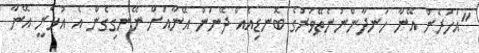
"އަހަރެން އޭނާ ހަނދާންނުނެތޭވަރުގެ ބޮނޑިއެއް ދޭނަން އޭނާއަށް ނޭނގިގެން އެ އުޅެނީ އޭނާ